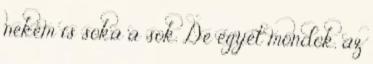
nekem is soka a sok. De egyet mondok, az